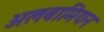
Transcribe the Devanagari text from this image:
अलबामियन